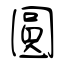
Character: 圓